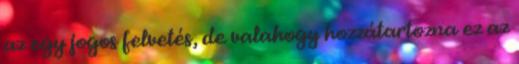
az egy jogos felvetés, de valahogy hozzátartozna ez az